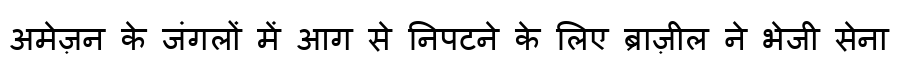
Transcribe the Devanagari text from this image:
अमेज़न के जंगलों में आग से निपटने के लिए ब्राज़ील ने भेजी सेना